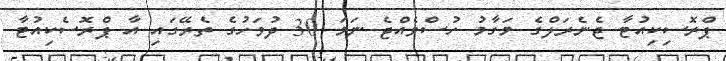
ޕްރޮސިކިއުޓާ ޖެނެރަލްގެ މަގާމު ހުސްވެއްޖެ ނަމަ 30 ދުވަހުގެ ތެރޭގައި އާ ޕްރޮސެކިއުޓާ